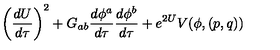
\left( { \frac { d U } { d \tau } } \right) ^ { 2 } + G _ { a b } { \frac { d \phi ^ { a } } { d \tau } } { \frac { d \phi ^ { b } } { d \tau } } + e ^ { 2 U } V ( \phi , ( p , q ) )